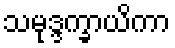
သမုဒ္ဒက္ခာယိကာ